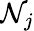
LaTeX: \mathcal{N}_{j}